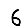
Digit: 6